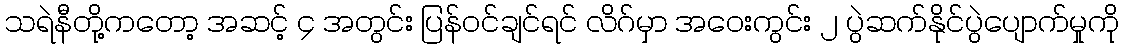
သရဲနီတို့ကတော့ အဆင့် ၄ အတွင်း ပြန်ဝင်ချင်ရင် လိဂ်မှာ အဝေးကွင်း ၂ ပွဲဆက်နိုင်ပွဲပျောက်မှုကို